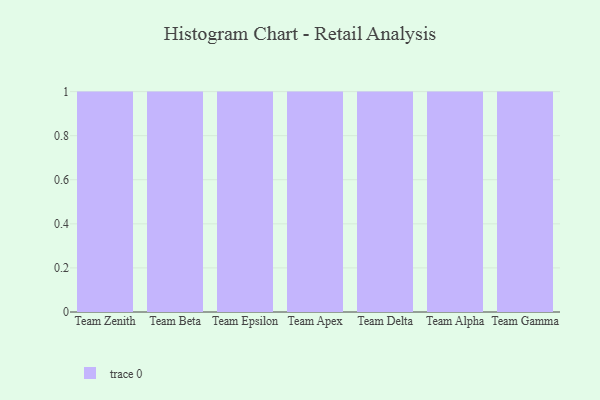
{"axis": {"x": "Team", "y": "Energy Usage (MWh)"}, "legend": [""], "data": [{"x": "Team Zenith", "y": 63, "type": ""}, {"x": "Team Beta", "y": 97, "type": ""}, {"x": "Team Epsilon", "y": 18, "type": ""}, {"x": "Team Apex", "y": 60, "type": ""}, {"x": "Team Delta", "y": 56, "type": ""}, {"x": "Team Alpha", "y": 7, "type": ""}, {"x": "Team Gamma", "y": 18, "type": ""}]}